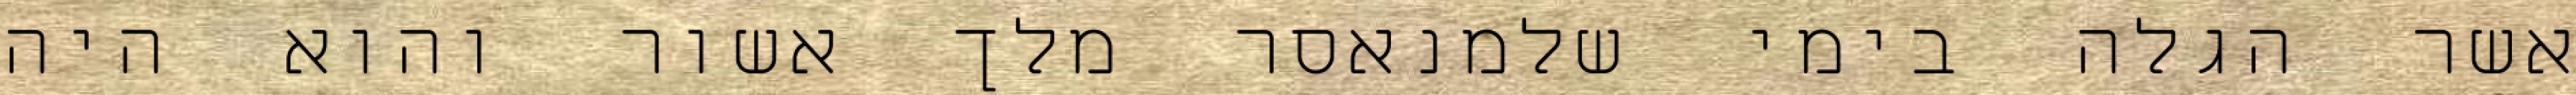
אשר הגלה בימי שלמנאסר מלך אשור והוא היה